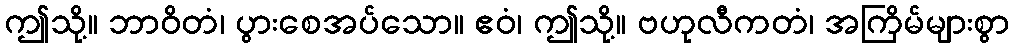
ဤသို့။ ဘာဝိတံ၊ ပွားစေအပ်သော။ ဧဝံ၊ ဤသို့။ ဗဟုလီကတံ၊ အကြိမ်များစွာ